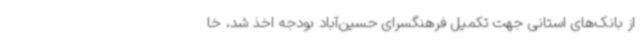
از بانک‌های استانی جهت تکمیل فرهنگسرای حسین‌آباد بودجه اخذ شد، خا